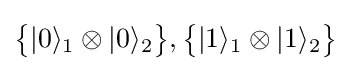
{\big \{}|0\rangle _{1}\otimes |0\rangle _{2}{\big \}},{\big \{}|1\rangle _{1}\otimes |1\rangle _{2}{\big \}}